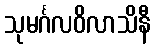
သုမင်္ဂလဝိလာသိနီ